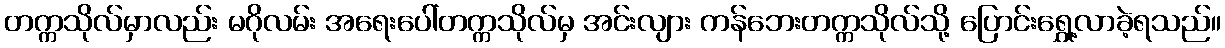
တက္ကသိုလ်မှာလည်း မဂိုလမ်း အရေးပေါ်တက္ကသိုလ်မှ အင်းလျား ကန်ဘေးတက္ကသိုလ်သို့ ပြောင်းရွှေ့လာခဲ့ရသည်။